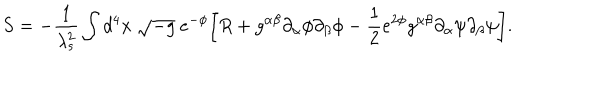
S = - \frac { 1 } { \lambda _ { s } ^ { 2 } } \int d ^ { 4 } x ~ \sqrt { - g } ~ e ^ { - \phi } \biggl [ R + g ^ { \alpha \beta } \partial _ { \alpha } \phi \partial _ { \beta } \phi - \frac { 1 } { 2 } e ^ { 2 \phi } g ^ { \alpha \beta } \partial _ { \alpha } \psi \partial _ { \beta } \psi \biggr ] .